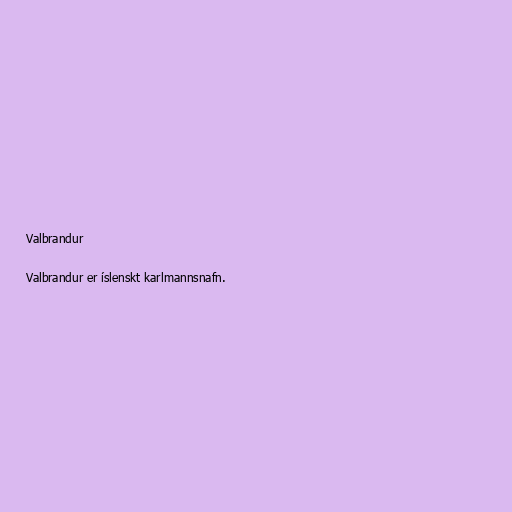
Valbrandur

Valbrandur er íslenskt karlmannsnafn.